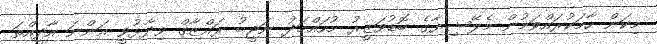
މިކަން ހާމަކުރައްވަމުން މެލޭޝިޔާގެ ބޮޑުވަޒީރު މުހައްމަދު ނަޖީބު ރައްޒާގް ވިދާޅުވީ އަންނަ އާދީއްތަ